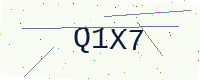
Text: Q1X7